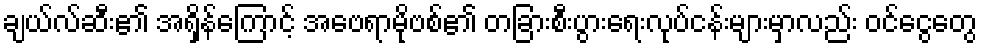
ချယ်လ်ဆီး၏ အရှိန်ကြောင့် အေဗရာမိုဗစ်၏ တခြားစီးပွားရေးလုပ်ငန်းများမှာလည်း ဝင်ငွေတွေ